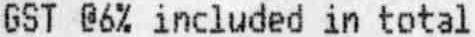
GST @6% INCLUDED IN TOTAL